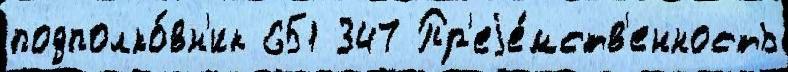
подполко́вн'ик 651 347 Пр'еjе́мств'енность